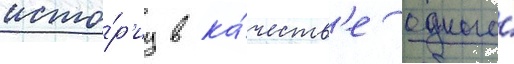
исто́р'иу в ка́честв'е одного́